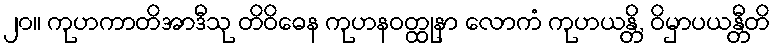
၂၀။ ကုဟကာတိအာဒီသု တိဝိဓေန ကုဟနဝတ္ထုနာ လောကံ ကုဟယန္တိ, ဝိမှာပယန္တီတိ